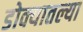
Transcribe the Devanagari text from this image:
डोक्यातल्या